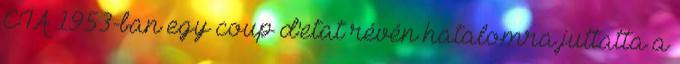
CIA 1953-ban egy coup d'etat révén hatalomra juttatta a